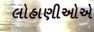
લોહાણીઓએ